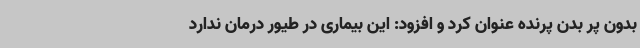
بدون پر بدن پرنده عنوان کرد و افزود: این بیماری در طیور درمان ندارد